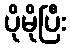
ပိုမိုပြီး